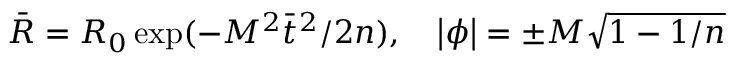
\bar { R } = R _ { 0 } \exp ( - M ^ { 2 } \bar { t } ^ { 2 } / 2 n ) , \quad \left| \phi \right| = \pm M \sqrt { 1 - 1 / n }